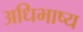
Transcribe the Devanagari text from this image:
अधिभाष्य